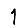
Digit: 1